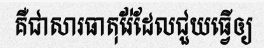
គឺជាសារធាតុរ៉ែដែលជួយធ្វើឲ្យ